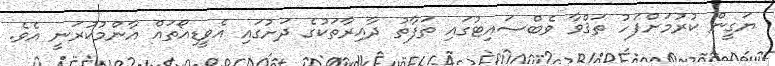
ޔަގީން ކުރުމަށްފަހު ތަޤްވާ ވެބްސައިޓުގައި ތަފާތު ދާއިރާތަކުގެ ދަށުގައި އެވީޑިއޯތައް އާންމުކުރަނީ އެވެ.